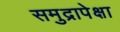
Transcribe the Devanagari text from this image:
समुद्रापेक्षा